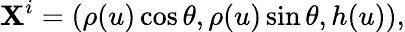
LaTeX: \mathbf{X}^{i}=(\rho(u)\cos\theta,\rho(u)\sin\theta,h(u)),